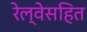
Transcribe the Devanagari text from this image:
रेल्वेसहित